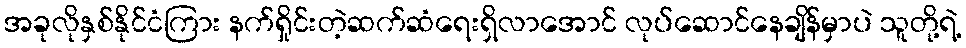
အခုလိုနှစ်နိုင်ငံကြား နက်ရှိုင်းတဲ့ဆက်ဆံရေးရှိလာအောင် လုပ်ဆောင်နေချိန်မှာပဲ သူတို့ရဲ့